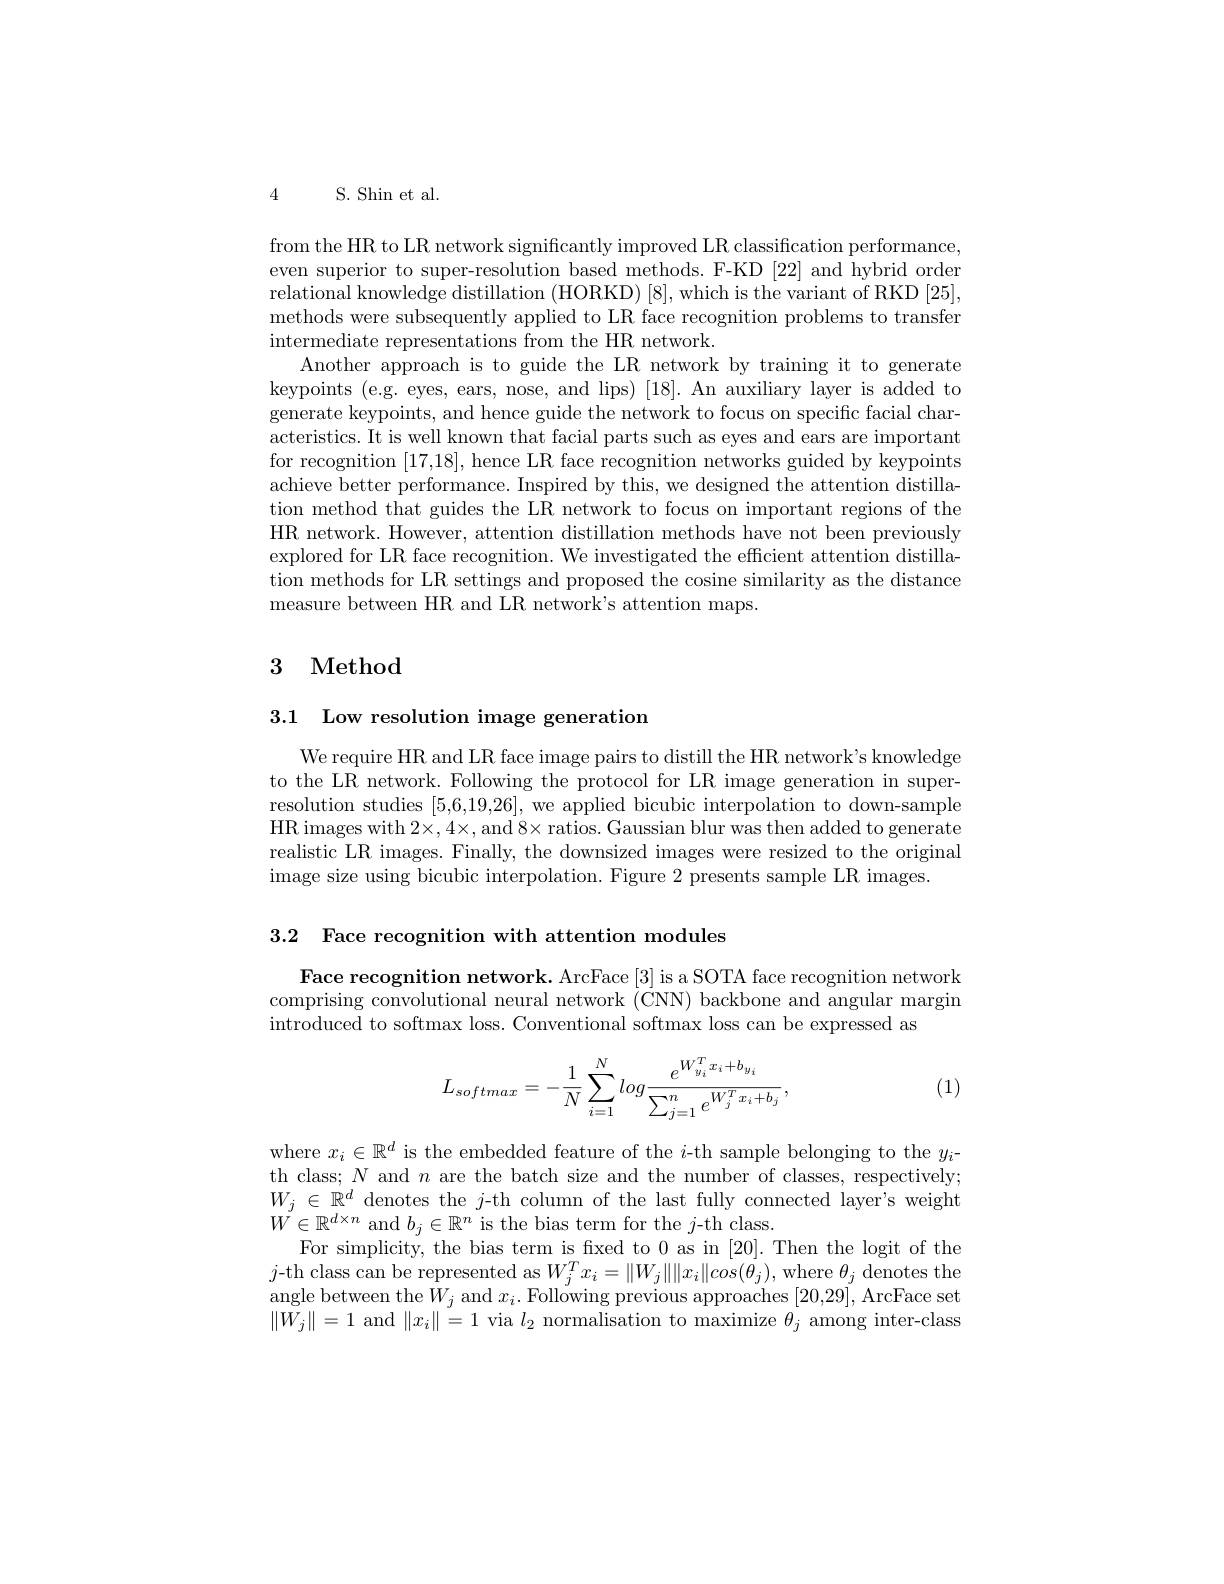
4 S. Shin et al.

from the HR to LR network significantly improved LR classification performance, even superior to super-resolution based methods. F-KD [22] and hybrid order relational knowledge distillation (HORKD) [8], which is the variant of RKD [25], methods were subsequently applied to LR face recognition problems to transfer intermediate representations from the HR network.
Another approach is to guide the LR network by training it to generate keypoints (e.g. eyes, ears, nose, and $\lim _{\mathrm{~and~}}$ lips) [ 18] . An auxiliary layer is added to generate keypoints, and hence guide the network to focus on specific facial characteristics. It is well known that facial parts such as eyes and ears are important for recognition [17,18],hence LR face recognition networks guided by keypoints achieve better performance. Inspired by this, we designed the attention distillation method that guides the LR network to focus on important regions of the HR network. However, attention distillation methods have not been previously explored for LR face recognition. We investigated the efficient attention distillation methods for LR settings and proposed the cosine similarity as the distance measure between HR and LR network's attention maps.

# 3 Method

3.1 Low resolution image generation

We require HR and LR face image pairs to distill the HR network's knowledge to the LR network. Following the protocol for LR image generation in superresolution studies [5,6,19,26], we applied bicubic interpolation to down-sample HR images with $2\times,4\times$,and $8\times$ratios. Gaussian blur was then added to generate realistic LR images. Finally, the downsized images were resized to the original image size using bicubic interpolation. Figure 2 presents sample LR images.

3.2 Face recognition with attention modules

Face recognition network. ArcFace [3] is a SOTA face recognition network comprising convolutional neural network (CNN) backbone and angular margin introduced to softmax loss. Conventional softmax loss can be expressed as
$$\begin{aligned}L_{softmax}=-\frac{1}{N}\sum_{i=1}^{N}log\frac{e^{W_{y_i}^Tx_i+b_{y_i}}}{\sum_{j=1}^{n}e^{W_j^Tx_i+b_j}},\end{aligned}$$
(1)

where $x_i\in\mathbb{R}^d$ is the embedded feature of the $i$-th sample belonging to the $y_i$- th class; $N$ and $n$ are the batch size and the number of classes, respectively; $W_j\in\mathbb{R}^d$ denotes the $j$-th column of the last fully connected layer's weight $W^{^{\prime}}\in\mathbb{R}^{d\times n}$ and $b_j\in\mathbb{R}^n$ is the bias term for the $j$-th class.
For simplicity, the bias term is fixed to 0 as in [20]. Then the logit of the $j$-th class can be represented as $W_j^Tx_i=\|W_j\|\|x_i\|cos(\theta_j)$,where $\theta_j$ denotes the angle between the$W_j$ and $x_i.$ Following previous approaches [20,29],ArcFace set $\|W_j\|=1$ and $\|x_i\|=1$ via $l_2$ normalisation to maximize $\theta_j$ among inter-class